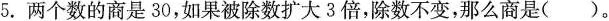
5.两个数的商是30，如果被除数扩大3倍，除数不变，那么商是()。